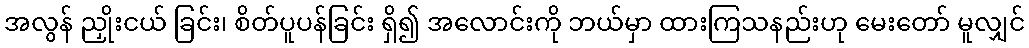
အလွန် ညှိုးငယ် ခြင်း၊ စိတ်ပူပန်ခြင်း ရှိ၍ အလောင်းကို ဘယ်မှာ ထားကြသနည်းဟု မေးတော် မူလျှင်